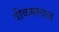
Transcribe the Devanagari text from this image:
त्रीकमलाल